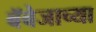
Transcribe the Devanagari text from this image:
बॅबेजाच्या